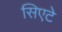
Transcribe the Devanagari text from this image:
सिएटे